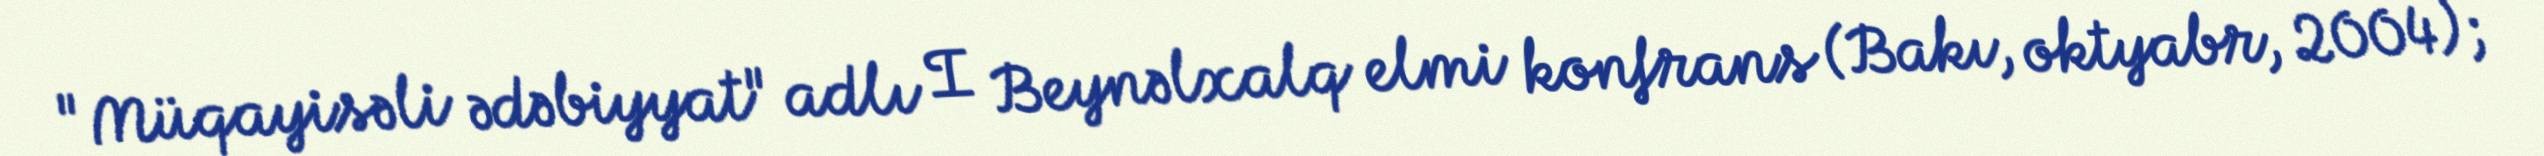
"Müqayisəli ədəbiyyat" adlı I Beynəlxalq elmi konfrans (Bakı, oktyabr, 2004);